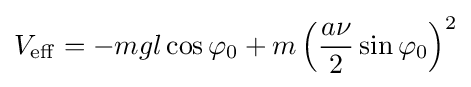
V_{\mathrm {eff} }=-mgl\cos \varphi _{0}+m\left({\frac {a\nu }{2}}\sin \varphi _{0}\right)^{2}